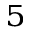
_ 5